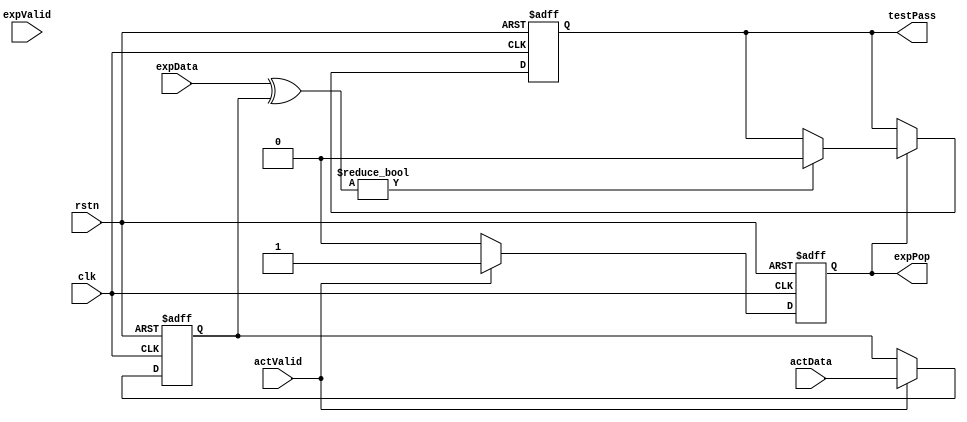
/* checker
Copyright: Hectic Tech, 2012, all rights reserved
Author: Jeff Heckey (jheckey@gmail.com)

Module: checker

Purpose: 
    Takes data returned from the DUT and compares it to the expected data

Function:
    When actual data (actData) is received, it is flopped and the head of
    the scoreboard is popped the next cycle. The next cycle, the expected
    data (expData) from the scoreboard is compared to the flopped actual
    data (checkData). If there is a mismatch, an error is printed.

    THIS MODULE IS NOT SYNTHESIZABLE. It is just for verification.
*/

module checker (
    input  wire         clk,
    input  wire         rstn,

    // Data from scoreboard
    input  wire         expValid,
    input  wire [255:0] expData,
    output reg          expPop,

    // data from monitor
    input  wire         actValid,
    input  wire [255:0] actData,

    output reg          testPass
);

reg         testPassN;
reg [255:0] checkData, xorData;

always @(posedge clk or negedge rstn) begin
    if (!rstn) begin
        // default to passing, fail on bad check
        testPass    <= 1'b1;

        expPop      <= 1'b0;
        checkData   <= 256'd0;
    end
    else begin
        testPass    <= testPassN;

        if (actValid) begin
            expPop      <= 1'b1;
            checkData   <= actData;
        end
        else if (expPop) begin
            expPop      <= 1'b0;
        end
    end
end

// Perform check
always @* begin
    testPassN = testPass;
    xorData = expData ^ checkData;

    if (expPop) begin
        if (xorData != 256'd0) begin
            $display ("ERROR: %t: %m data mismatch\n\tExp: %h\n\tAct: %h\n\tXOR: %h", 
                    $time, expData[255:0], checkData[255:0], xorData[255:0]);
            testPassN = 1'b0;
        end
    end
end

endmodule